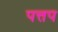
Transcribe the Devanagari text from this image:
पत्तप